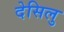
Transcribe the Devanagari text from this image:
देसिलु